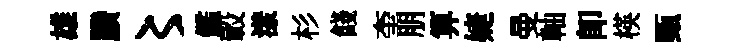
雄賸〻鑑轂漾杉餞奎朋算婕曼軸卽楧甄